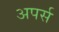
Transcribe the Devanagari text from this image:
अपर्स